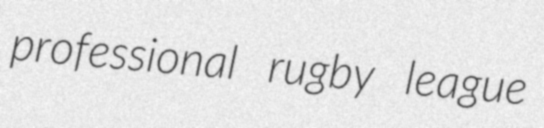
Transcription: professional rugby league